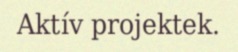
Aktív projektek.